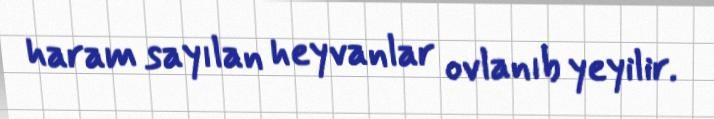
haram sayılan heyvanlar ovlanıb yeyilir.